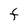
Character: F